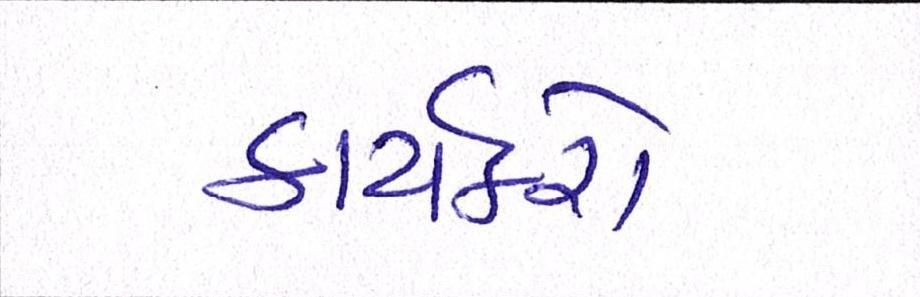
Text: કાર્યકરો